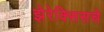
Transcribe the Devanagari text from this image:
झेरेक्सिसचे